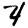
Digit: 4